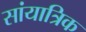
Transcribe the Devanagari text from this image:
सांयात्रिक